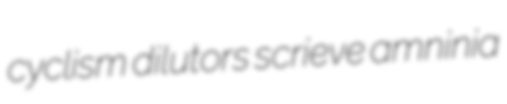
cyclism dilutors scrieve amninia